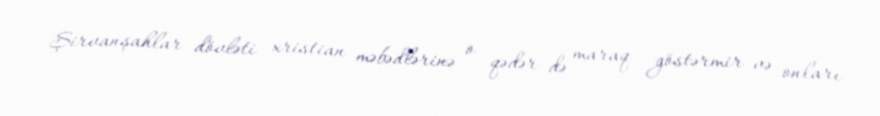
Şirvanşahlar dövləti xristian məbədlərinə o qədər də maraq göstərmir və onları